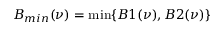
B _ { m i n } ( \nu ) = \operatorname* { m i n } \{ B 1 ( \nu ) , B 2 ( \nu ) \}